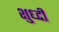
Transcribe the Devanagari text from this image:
शुध्दी